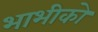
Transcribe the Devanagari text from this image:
भाभीको